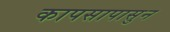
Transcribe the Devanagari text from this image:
कापसापासुन